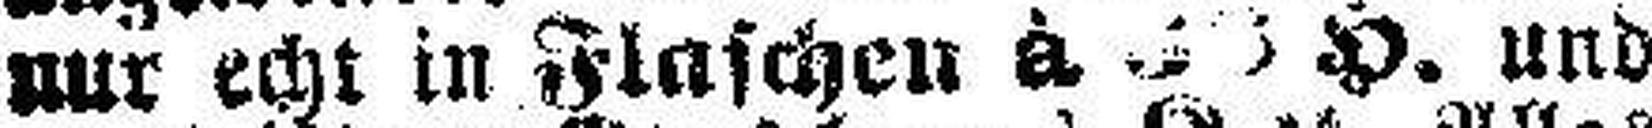
nur echt in Flaschen à. ### H. und